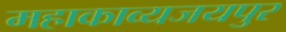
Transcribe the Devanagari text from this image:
महाकाव्यजयपुर